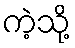
ကဲ့သို့